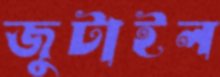
জুটাইল